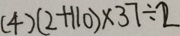
( 4 ) ( 2 + 1 1 0 ) \times 3 7 \div 2